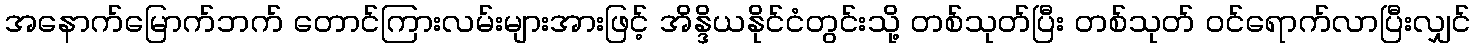
အနောက်မြောက်ဘက် တောင်ကြားလမ်းများအားဖြင့် အိန္ဒိယနိုင်ငံတွင်းသို့ တစ်သုတ်ပြီး တစ်သုတ် ဝင်ရောက်လာပြီးလျှင်